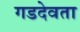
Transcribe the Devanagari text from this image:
गडदेवता